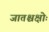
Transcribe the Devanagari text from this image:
जातश्चक्षोः